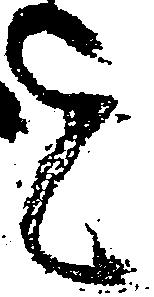
を